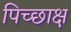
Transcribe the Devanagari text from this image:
पिच्छाक्ष